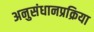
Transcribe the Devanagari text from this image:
अनुसंधानप्रक्रिया